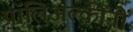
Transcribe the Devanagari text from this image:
पॉलिअल्कीनों